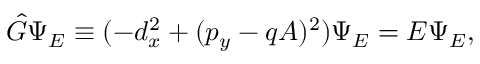
{ \hat { G } } \Psi _ { E } \equiv ( - d _ { x } ^ { 2 } + ( p _ { y } - q A ) ^ { 2 } ) \Psi _ { E } = E \Psi _ { E } ,